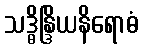
သဒ္ဓိန္ဒြိယနိရောဓံ